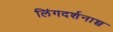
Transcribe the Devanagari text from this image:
लिंगदर्शनाच्च